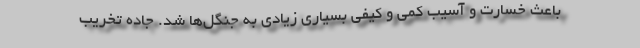
باعث خسارت و آسیب کمی و کیفی بسیاری زیادی به جنگل‌ها شد. جاده تخریب